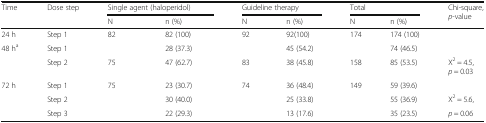
<table><thead><tr><td rowspan="2"><b>Time</b></td><td rowspan="2"><b>Dose step</b></td><td colspan="2"><b>Single agent (haloperidol)</b></td><td colspan="2"><b>Guideline therapy</b></td><td colspan="2"><b>Total</b></td><td rowspan="2"><b>Chi-square, <i>p</i>-value</b></td></tr><tr><td><b>N</b></td><td><b>n (%)</b></td><td><b>N</b></td><td><b>n (%)</b></td><td><b>N</b></td><td><b>n (%)</b></td></tr></thead><tbody><tr><td>24 h</td><td>Step 1</td><td>82</td><td>82 (100)</td><td>92</td><td>92(100)</td><td>174</td><td>174 (100)</td><td></td></tr><tr><td rowspan="2">48 h<sup>a</sup></td><td>Step 1</td><td></td><td>28 (37.3)</td><td></td><td>45 (54.2)</td><td></td><td>74 (46.5)</td><td></td></tr><tr><td>Step 2</td><td>75</td><td>47 (62.7)</td><td>83</td><td>38 (45.8)</td><td>158</td><td>85 (53.5)</td><td>Χ<sup>2</sup> = 4.5, <i>p</i> = 0.03</td></tr><tr><td rowspan="3">72 h</td><td>Step 1</td><td rowspan="3">75</td><td>23 (30.7)</td><td rowspan="3">74</td><td>36 (48.4)</td><td rowspan="3">149</td><td>59 (39.6)</td><td></td></tr><tr><td>Step 2</td><td>30 (40.0)</td><td>25 (33.8)</td><td>55 (36.9)</td><td>Χ<sup>2</sup> = 5.6,</td></tr><tr><td>Step 3</td><td>22 (29.3)</td><td>13 (17.6)</td><td>35 (23.5)</td><td><i>p</i> = 0.06</td></tr></tbody></table>